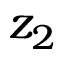
z _ { 2 }